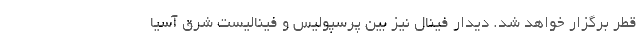
قطر برگزار خواهد شد. دیدار فینال نیز بین پرسپولیس و فینالیست شرق آسیا